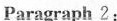
Paragraph 2: